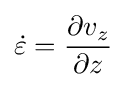
{\dot {\varepsilon }}={\frac {\partial v_{z}}{\partial z}}\,\!